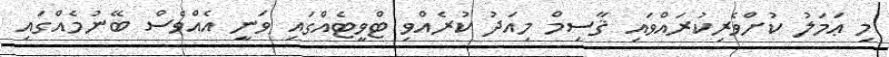
މި ޢަމަލު ކުށްވެރިކުރައްވައި ޤާސިމް މިއަދު ކުރެއްވި ޓްވީޓެއްގައި ވަނީ އެއްވެސް ބޭނުމެއްގައި